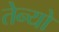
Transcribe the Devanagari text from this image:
तेन्यो